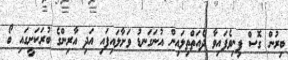
ބިރުން ގޮސް ފިނިވެފައިވާ ދެއަތްތިލައިން އުނަގަނޑު ވަށާލައިފައި އަދި އާރިންގެ ބުރަކަށީގައި ބޯ